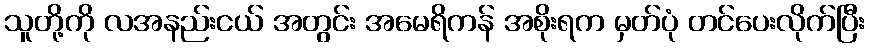
သူတို့ကို လအနည်းငယ် အတွင်း အမေရိကန် အစိုးရက မှတ်ပုံ တင်ပေးလိုက်ပြီး